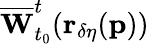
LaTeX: \overline{{\mathbf{W}}}_{t_{0}}^{t}(\mathbf{r_{\delta\eta}}(\mathbf{p}))